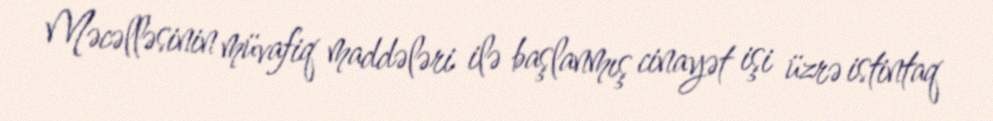
Məcəlləsinin müvafiq maddələri ilə başlanmış cinayət işi üzrə istintaq